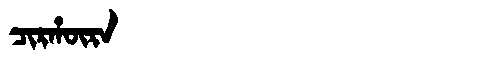
Manchu: ᠴᡳᡵᡥᡡᡵᠠ
Romanization: CIRHŪRA